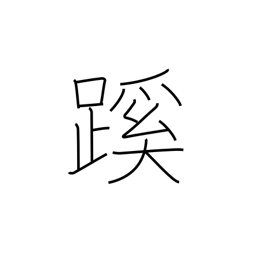
Meaning: path